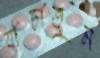
যাচাতুম